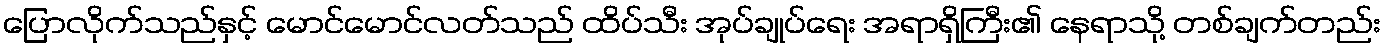
ပြောလိုက်သည်နှင့် မောင်မောင်လတ်သည် ထိပ်သီး အုပ်ချုပ်ရေး အရာရှိကြီး၏ နေရာသို့ တစ်ချက်တည်း